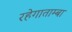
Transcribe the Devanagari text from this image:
रहेगाताम्बा